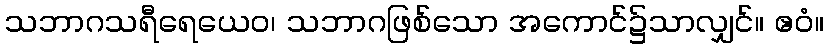
သဘာဂသရီရေယေဝ၊ သဘာဂဖြစ်သော အကောင်၌သာလျှင်။ ဧဝံ။